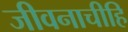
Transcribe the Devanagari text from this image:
जीवनाचीहि